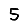
Digit: 5